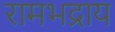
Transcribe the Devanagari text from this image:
रामभद्राय